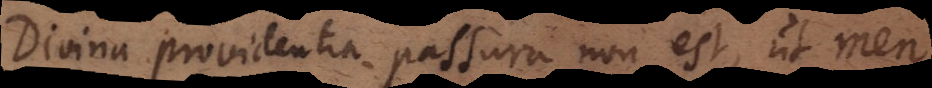
Divina providentia passura non est, ut